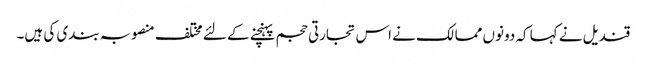
قندیل نے کہا کہ دونوں ممالک نے اس تجارتی حجم پہنچنے کے لئے مختلف منصوبہ بندی کی ہیں۔